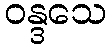
ဝန္ဒသေ